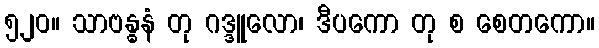
၅၂၀။ သာဗန္ဓနံ တု ဂဒ္ဒူလော၊ ဒီပကော တု စ စေတကော။